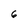
Character: 6